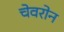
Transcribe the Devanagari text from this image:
चेवरोन